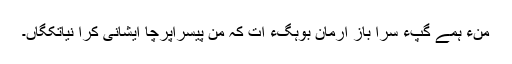
منءَ ہمے گپّءِ سرا باز ارمان بوہگءَ ات کہ من پیسراپرچا ایشانی کِرّا نیاتکگاں۔